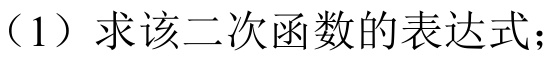
（1）求该二次函数的表达式；